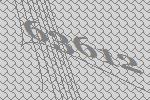
63612